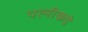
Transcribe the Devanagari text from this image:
पत्‍नीकडे